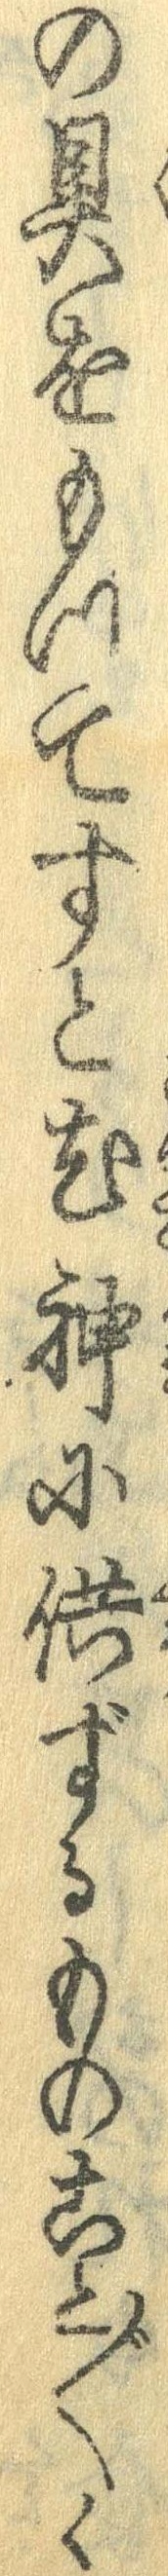
の具をもってすと尤神に供するものこと〲く